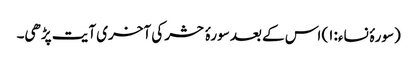
(سورۂ نساء:۱) اس کے بعد سورۂ حشر کی آخری آیت پڑھی۔